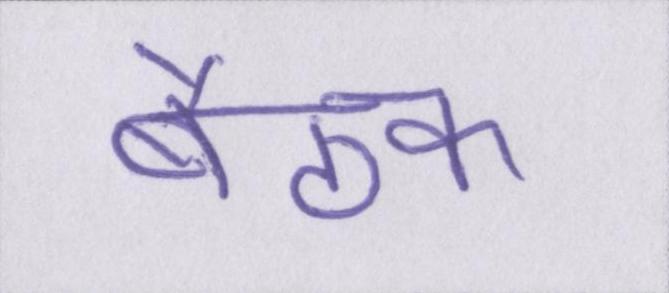
बैठक